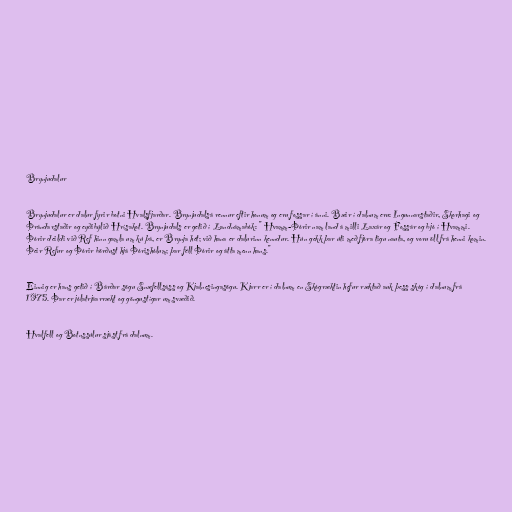
Brynjudalur

Brynjudalur er dalur fyrir botni Hvalsfjarðar. Brynjudalsá rennur eftir honum og eru fossar í ánni. Bæir í dalnum eru: Ingunnarstaðir, Skorhagi og
Þrándarstaðir og eyðibýlið Hrísakot. Brynjudals er getið í Landnámabók: " Hvamm-Þórir nam land á milli Laxár og Fossár og bjó í Hvammi.
Þórir deildi við Ref hinn gamla um kú þá, er Brynja hét; við hana er dalurinn kenndur. Hún gekk þar úti með fjóra tigu nauta, og voru öll frá henni komin.
Þeir Refur og Þórir börðust hjá Þórishólum; þar féll Þórir og átta menn hans."

Einnig er hans getið í Bárðar sögu Snæfellsáss og Kjalnesingasögu. Kjarr er í dalnum en Skógræktin hefur ræktað auk þess skóg í dalnum frá
1975. Þar er jólatrjáarrækt og göngustígar um svæðið.

Hvalfell og Botnssúlur sjást frá dalnum.